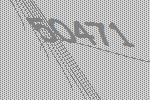
50471